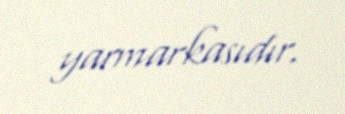
yarmarkasıdır.